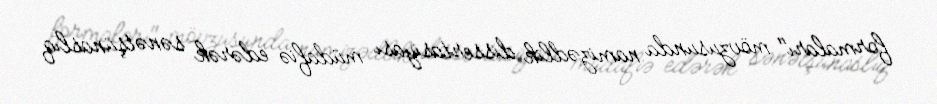
formaları" mövzusunda namizədlik dissertasiyası müdafiə edərək sənətşünaslıq